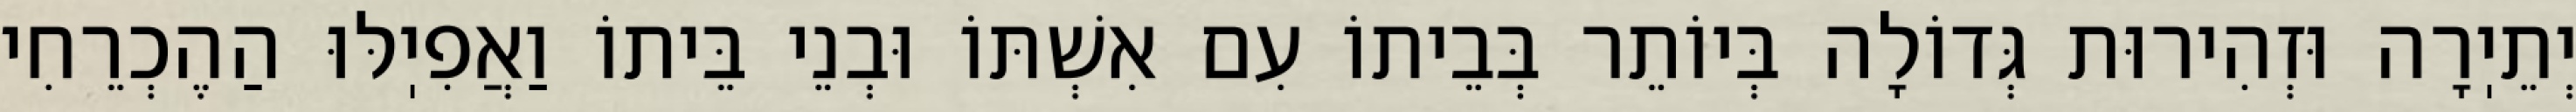
יְתֵיֽרָה וּזְהִירוּת גְּדוֹלָה בְּיוֹתֵר בְּבֵיתוֹ עִם אִשְׁתּוֹ וּבְנֵי בֵּיתוֹ וַאֲפִיֽלּוּ הַהֶכְרֵחִי